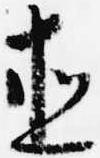
直